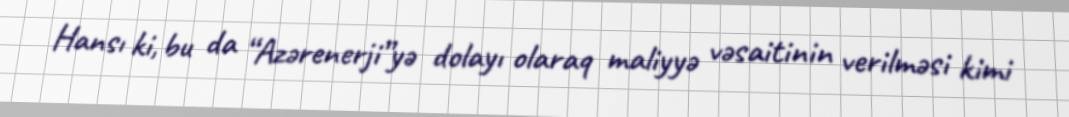
Hansı ki, bu da “Azərenerji”yə dolayı olaraq maliyyə vəsaitinin verilməsi kimi